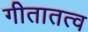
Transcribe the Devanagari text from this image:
गीतातत्व